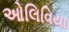
ઓલિવિયા